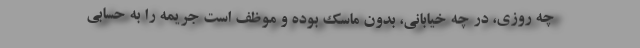
چه روزی، در چه خیابانی، بدون ماسک بوده‌ و موظف است جریمه را به حسابی